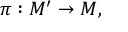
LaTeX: \pi : M ^ { \prime } \to M ,